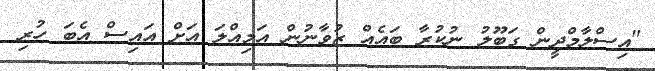
"އިސްލާމްދީން ގަބޫލު ނުކުރާ ބައެއް ޒުވާނުން އަމިއްލަ އަށް އައިސް އެބަ ހުރި